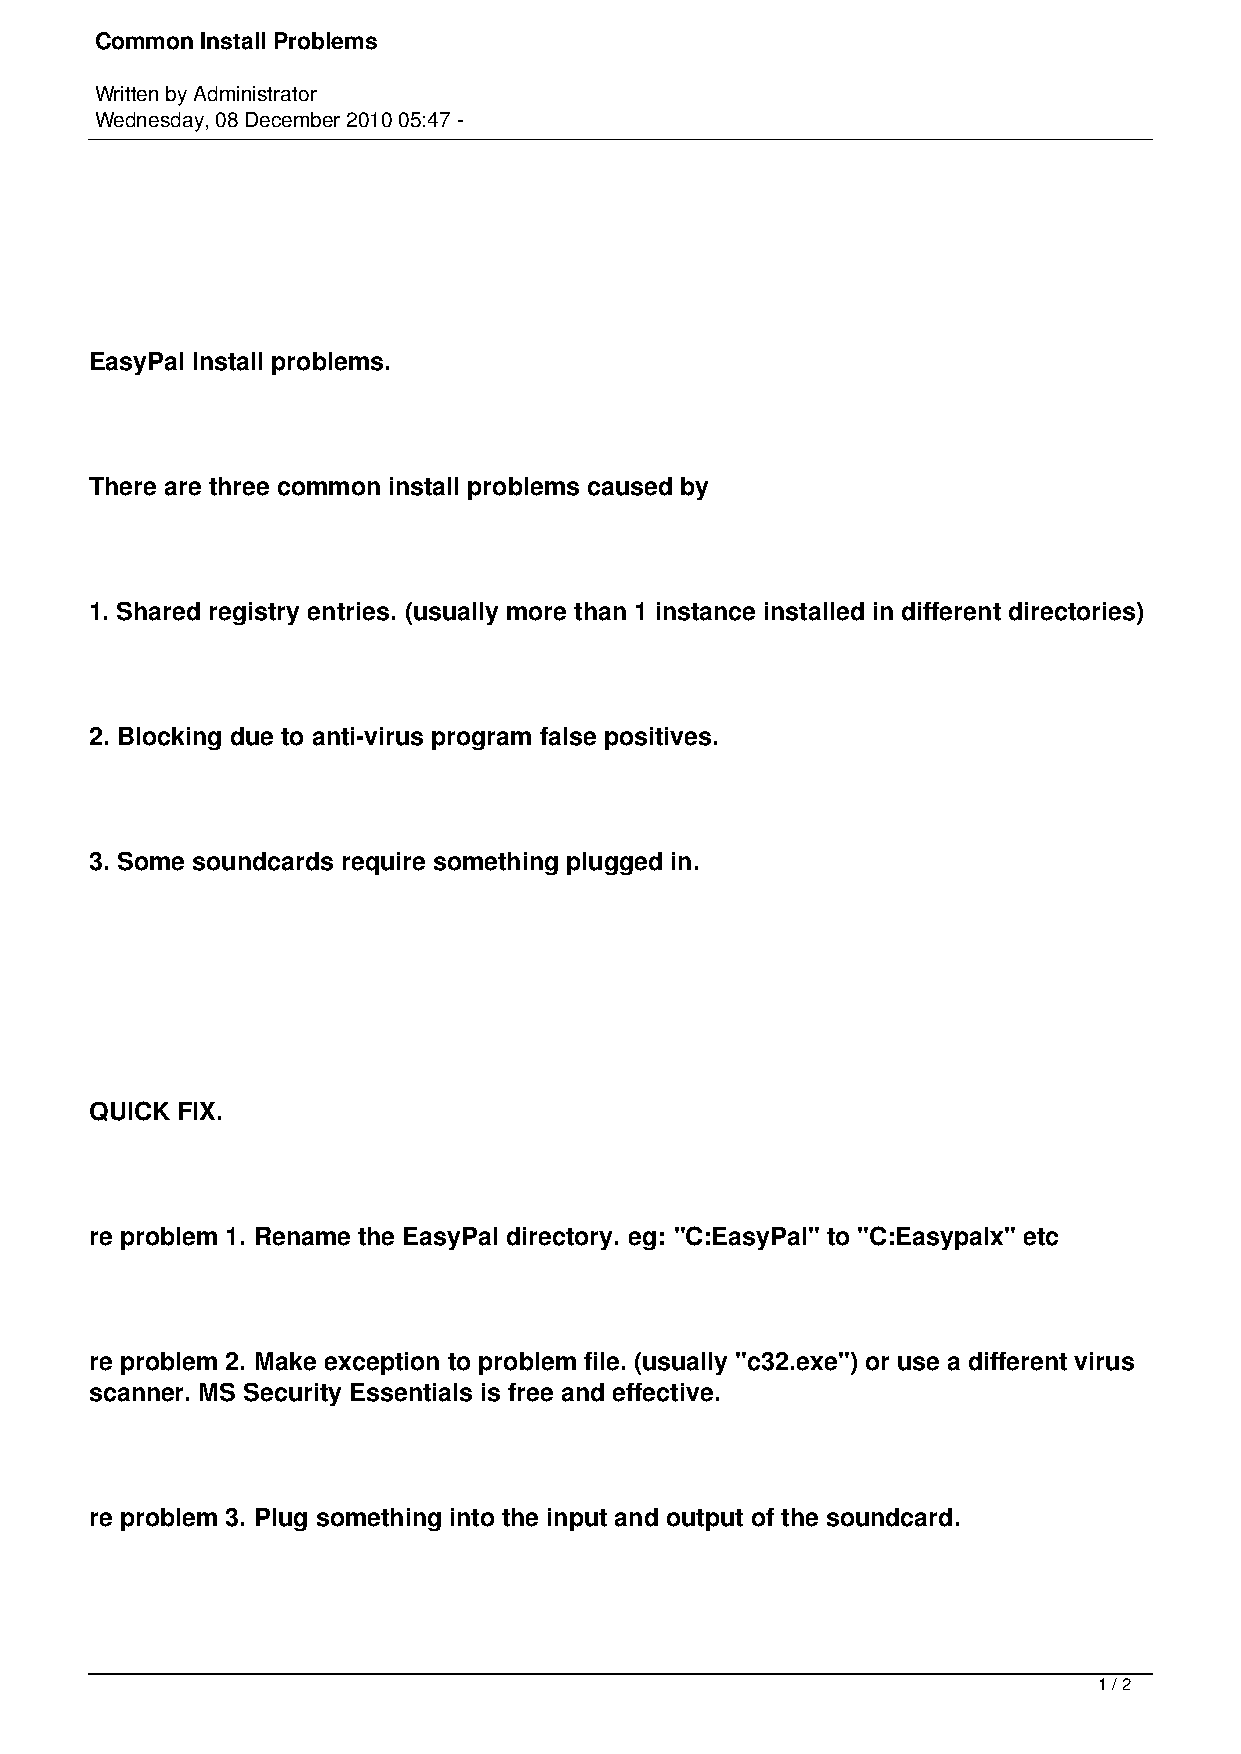
Common Install Problems
 Written by Administrator
 Wednesday, 08 December 2010 05:47 -
 EasyPal Install problems.
 There are three common install problems caused by
 1. Shared registry entries. (usually more than 1 instance installed in different directories)
 2. Blocking due to anti-virus program false positives.
 3. Some soundcards require something plugged in.
 QUICK FIX.
 re problem 1. Rename the EasyPal directory. eg: "C:EasyPal" to "C:Easypalx" etc
 re problem 2. Make exception to problem file. (usually "c32.exe") or use a different virus
 scanner. MS Security Essentials is free and effective.
 re problem 3. Plug something into the input and output of the soundcard.
 1 / 2